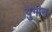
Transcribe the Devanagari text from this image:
युगीन